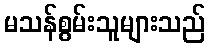
မသန်စွမ်းသူများသည်